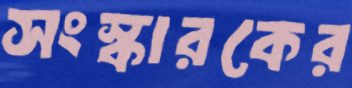
সংস্কারকের